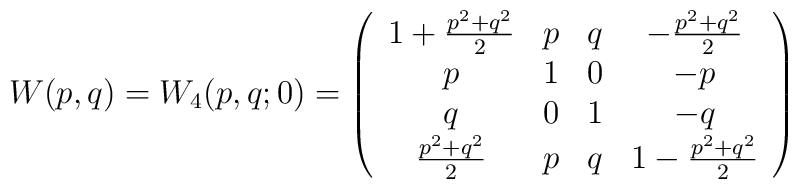
W(p, q) = W_4(p, q;  0) = \left( \begin{array}{cccc}1+ \frac{p^2 + q^2 }{2} & p & q  & -\frac{p^2 + q^2 }{2} \\p & 1 & 0 & -p \\q & 0 & 1 & -q \\\frac{p^2 + q^2 }{2} &  p & q  & 1 -\frac{p^2 + q^2 }{2}\end{array}\right)